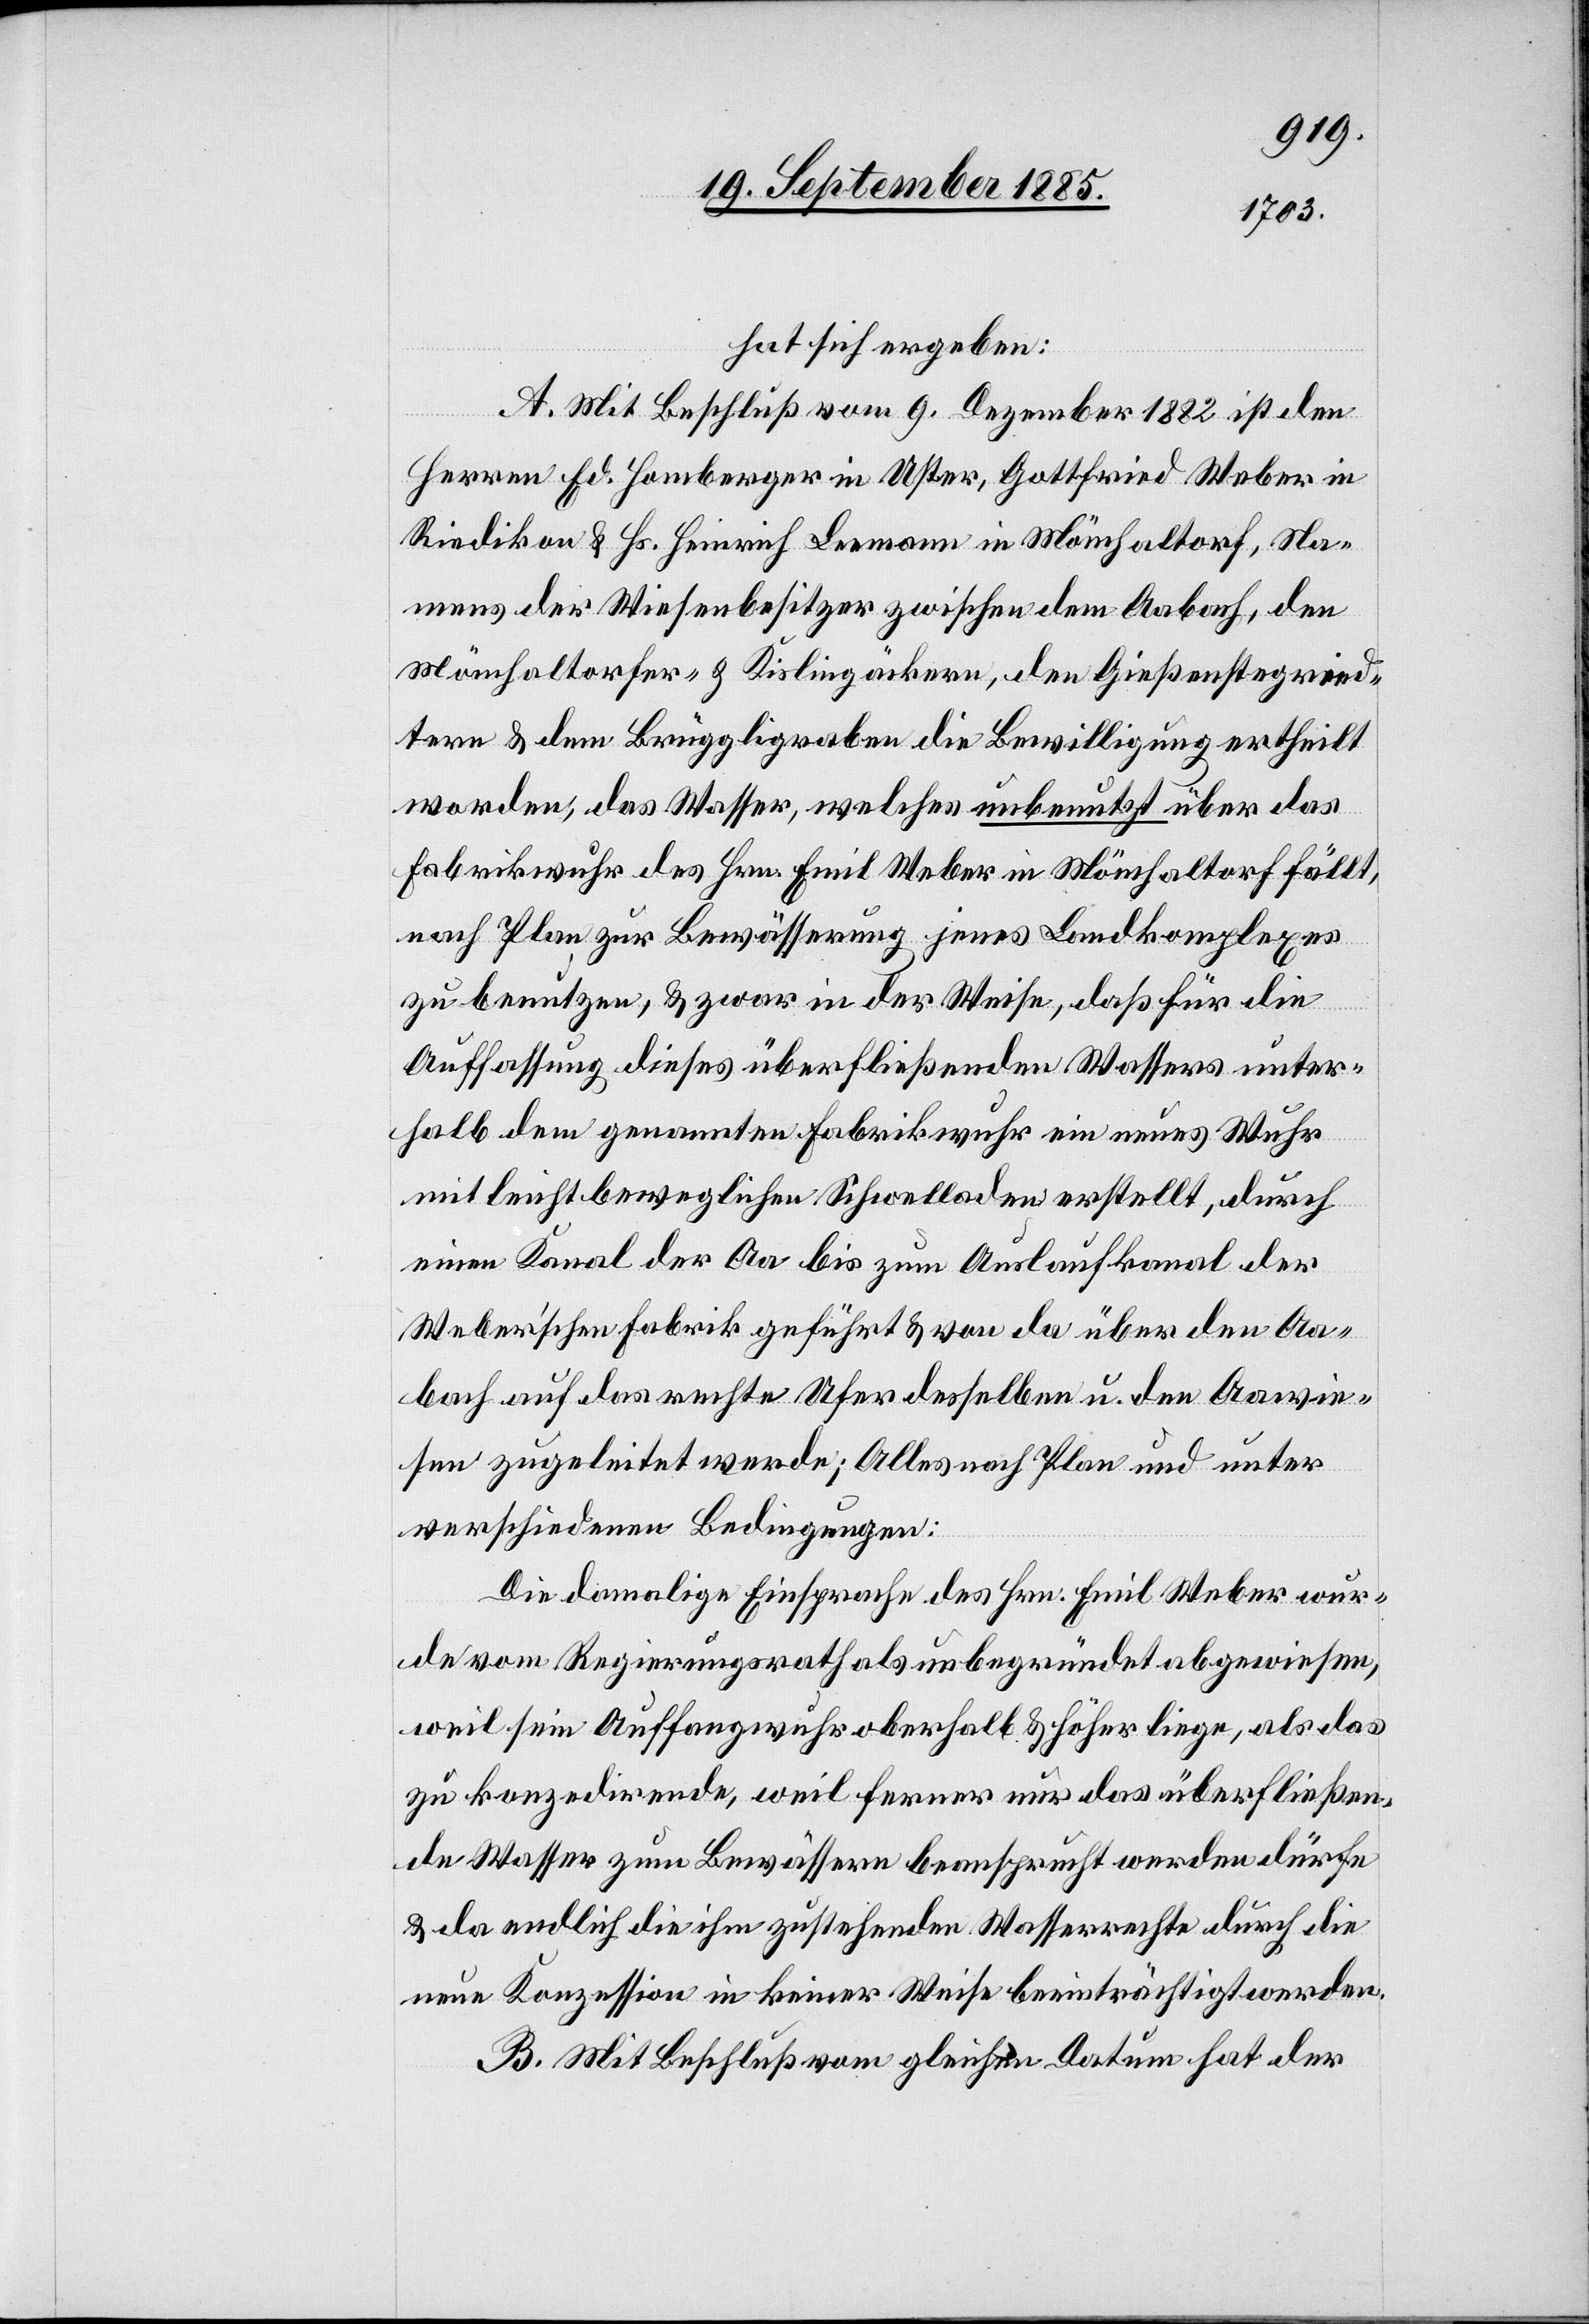
hat sich ergeben:
A. Mit Beschluß vom 9. Dezember 1882 ist den
Herren Ed. Homberger in Uster, Gottfried Weber in
Riedikon & Hs. Heinrich Leemann in Mönchaltorf, Na¬
mens der Wiesenbesitzer zwischen dem Aabach, den
Mönchaltorfer- & Kislingäckern, den Gießenstegried¬
tern & dem Brüggligraben die Bewilligung ertheilt
worden, das Wasser, welches unbenutzt über das
Fabrikwuhr des Hrn. Emil Weber in Mönchaltorf fällt,
nach Plan zur Bewässerung jenes Landkomplexes
zu benutzen, & zwar in der Weise, daß für die
Auffassung dieses überfließenden Wassers unter¬
halb dem genannten Fabrikwuhr ein neues Wuhr
mit leicht beweglichen Schwelladen erstellt, durch
einen Kanal der Aa bis zum Auslaufkanal der
Weber’schen Fabrik geführt & von da über den Aa¬
bach auf das rechte Uferdesselben u. den Aawie¬
sen zugeleitet werde; Alles nach Plan und unter
verschiedenen Bedingungen:
Die damalige Einsprache des Hrn. Emil Weber wur¬
de vom Regierungsrath als unbegründet abgewiesen,
weil sein Auffangwuhr oberhalb & höher liege, als das
zu konzedirende, weil ferner nur das überfließen¬
de Wasser zum Bewässern beansprucht werden dürfe
& da endlich die ihm zustehenden Wasserrechte durch die
neue Konzession in keiner Weise beeinträchtigt werden.
B. Mit Beschluß vom gleichen Datum hat der